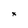
Character: x